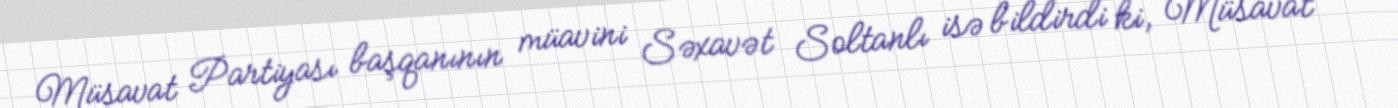
Müsavat Partiyası başqanının müavini Səxavət Soltanlı isə bildirdi ki, Müsavat